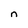
Character: n